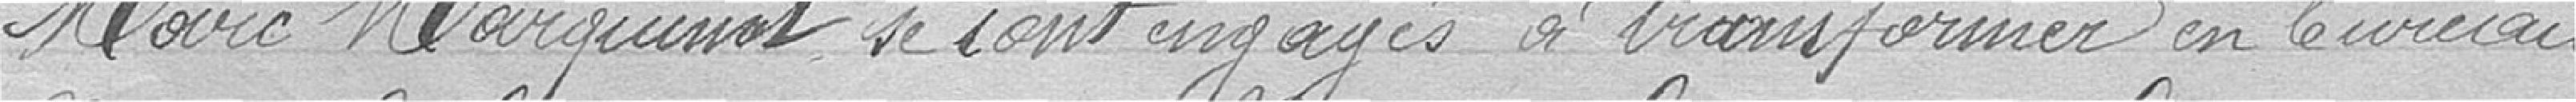
Mare Marquinot se sont engagés à transformer en bureau